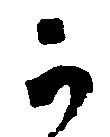
か